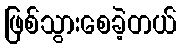
ဖြစ်သွားစေခဲ့တယ်